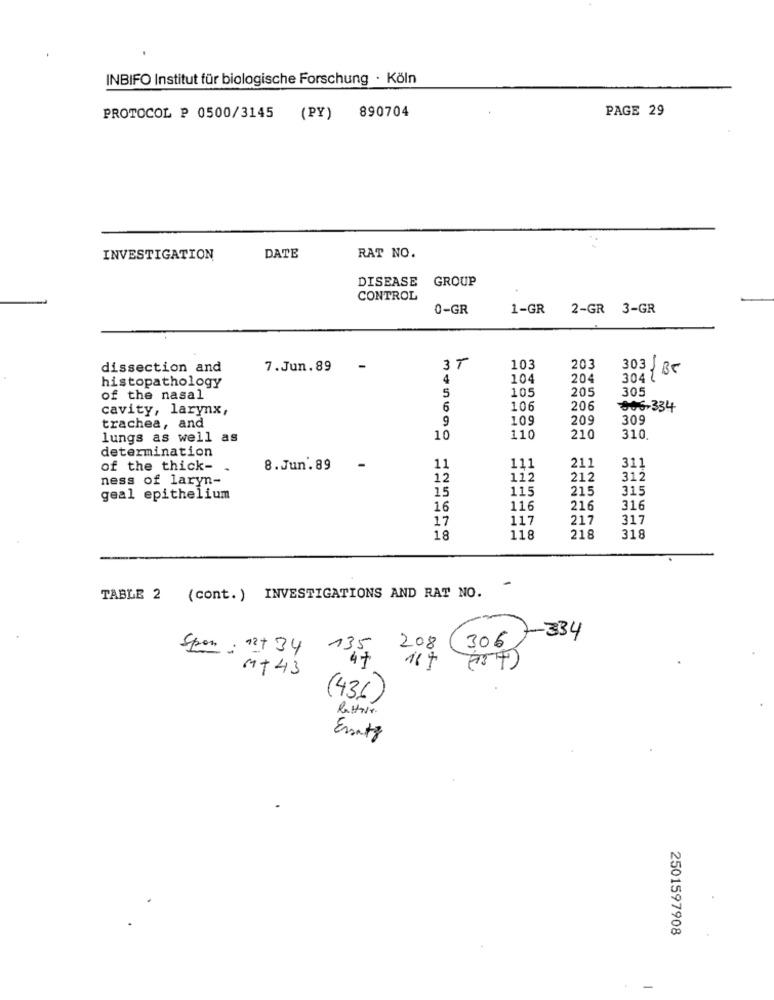
INBIFO Institut für biologische Forschung · Köln
PAGE 29
PROTOCOL P 0500/3145 (PY) 890704
INVESTIGATION
DATE
RAT NO.
DISEASE GROUP
CONTROL
0-GR
1-GR 2-GR 3-GR
dissection and
7.Jun.89
-
3T
103
203
303, BC
histopathology
4
104
204
3047
105
205
305
of the nasal
5
cavity, larynx,
6
106
206
806-334
9
109
209
309
trachea, and
lungs as well as
10
110
210
310
determination
of the thick- .
8. Jun.89
-
11
111
211
311
ness of laryn-
12
112
212
31,2
15
115
215
315
geal epithelium
16
116
216
316
17
117
217
317
18
118
218
318
-
TABLE 2 (cont. ) INVESTIGATIONS AND RAT NO.
208 (306) 334
Spen : 12+ 34
13,5
167 (14)
M+43
(436)
Ersatz
2501597908
-